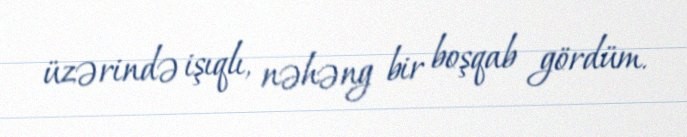
üzərində işıqlı, nəhəng bir boşqab gördüm.